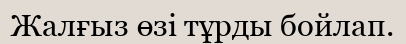
Жалғыз өзі тұрды бойлап.